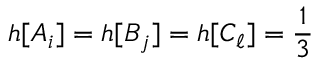
h [ A _ { i } ] = h [ B _ { j } ] = h [ C _ { \ell } ] = \frac { 1 } { 3 }